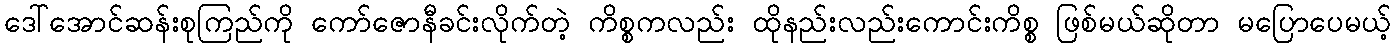
ဒေါ်အောင်ဆန်းစုကြည်ကို ကော်ဇောနီခင်းလိုက်တဲ့ ကိစ္စကလည်း ထိုနည်းလည်းကောင်းကိစ္စ ဖြစ်မယ်ဆိုတာ မပြောပေမယ့်